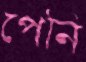
পেনি